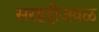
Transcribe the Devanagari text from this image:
सरहद्दीजवळ